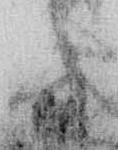
に